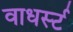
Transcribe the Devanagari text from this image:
वाधर्स्ट